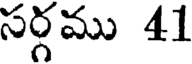
సర్గము 41